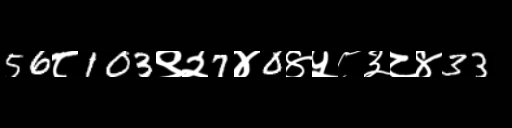
Text: 56८103९२7४0४५८३८४33